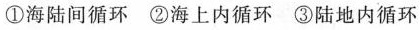
①海陆间循环②海上内循环③陆地内循环